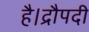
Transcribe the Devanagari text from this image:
है।द्रौपदी